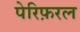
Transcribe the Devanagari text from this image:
पेरिफ़रल